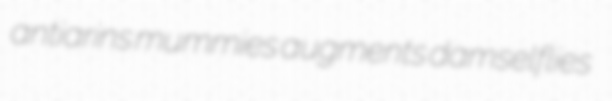
antiarins mummies augments damselflies